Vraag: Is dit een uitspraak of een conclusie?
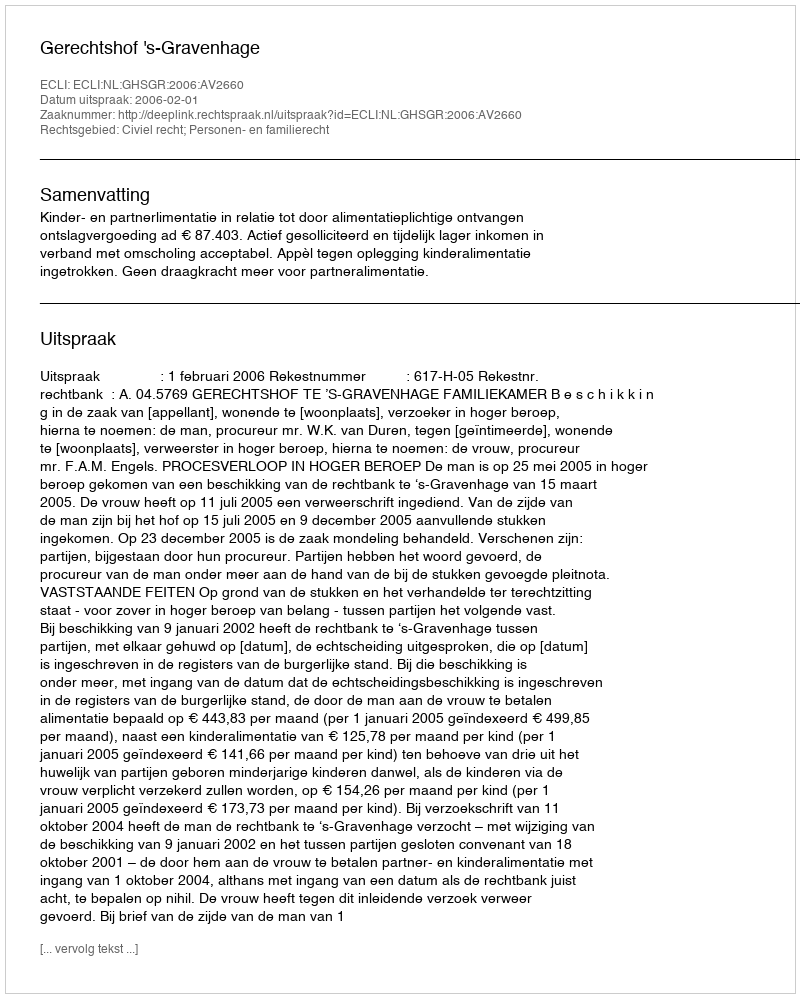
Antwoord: Uitspraak